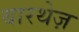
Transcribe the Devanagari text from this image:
बारथेज़